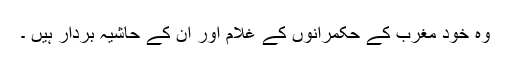
وہ خود مغرب کے حکمرانوں کے غلام اور ان کے حاشیہ بردار ہیں ۔